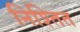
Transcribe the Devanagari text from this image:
निश्तित